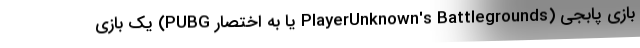
بازی پابجی (PlayerUnknown's Battlegrounds یا به اختصار PUBG) یک بازی